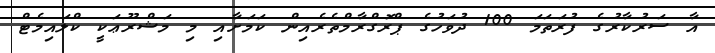
އާ ސަރުކާރުގެ ފުރަތަމަ 100 ދުވަހުގެ ޕްރޮގްރާމްތެރެއިން ކަމަށާއި މި މަޝްރޫޢަކީ ކްލައިމެޓް